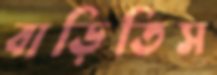
বাড়িতিস